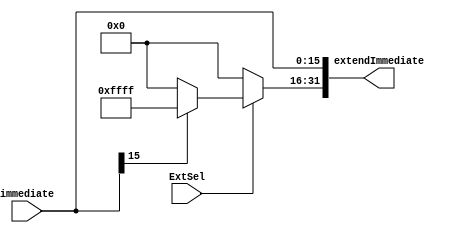
`timescale 1ns / 1ps
//////////////////////////////////////////////////////////////////////////////////
// Company: 
// Engineer: 
// 
// Design Name: 
// Module Name: SignZeroExtend
// Project Name: 
// Target Devices: 
// Tool Versions: 
// Description: 
// 
// Dependencies: 
// 
// Revision:
// Revision 0.01 - File Created
// Additional Comments:
// 
//////////////////////////////////////////////////////////////////////////////////


module SignZeroExtend(
    input ExtSel,           //100
    input [15:0]immediate,  //16
    output [31:0]extendImmediate
    );
    
    assign extendImmediate[15:0] = immediate;
    assign extendImmediate[31:16] = (ExtSel == 1) ? (immediate[15] ? 16'hffff : 16'h0000) : 16'h0000;
endmodule